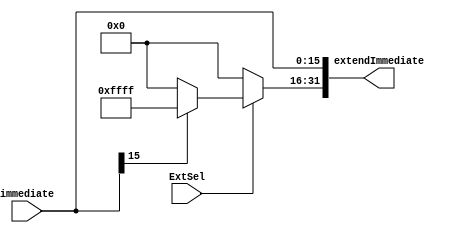
`timescale 1ns / 1ps
//////////////////////////////////////////////////////////////////////////////////
// Company: 
// Engineer: 
// 
// Design Name: 
// Module Name: SignZeroExtend
// Project Name: 
// Target Devices: 
// Tool Versions: 
// Description: 
// 
// Dependencies: 
// 
// Revision:
// Revision 0.01 - File Created
// Additional Comments:
// 
//////////////////////////////////////////////////////////////////////////////////


module SignZeroExtend(
    input ExtSel,           //100
    input [15:0]immediate,  //16
    output [31:0]extendImmediate
    );
    
    assign extendImmediate[15:0] = immediate;
    assign extendImmediate[31:16] = (ExtSel == 1) ? (immediate[15] ? 16'hffff : 16'h0000) : 16'h0000;
endmodule